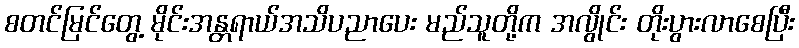
စတင်မြင်တွေ့ မိုင်းအန္တရာယ်အသိပညာပေး မည်သူတို့က အလွိုင်း တိုးပွားလာစေပြီး